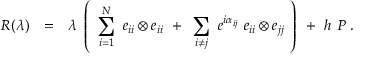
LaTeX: R ( \lambda ) ~ ~ = ~ ~ \lambda ~ \left( ~ \sum _ { i = 1 } ^ { N } ~ e _ { i i } \otimes e _ { i i } ~ + ~ \sum _ { i \neq j } ~ e ^ { i \alpha _ { i j } } ~ e _ { i i } \otimes e _ { j j } ~ \right) ~ + ~ h ~ { \cal P } ~ .